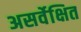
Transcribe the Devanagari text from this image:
असर्वेक्षित